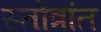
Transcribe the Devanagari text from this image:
स्तोत्रांत